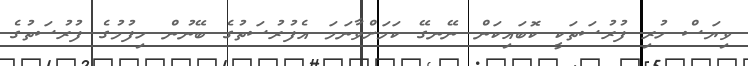
ވިޔަސް ހުރި ފުރުސަތަކީ ކޮބައިކަން ނޭނގޭ ކަމަށްވާނަމަ އެފުރުސަތުގެ ބޭނުން ހިފުމުގެ ފުރުސަތުގެ